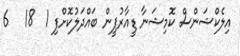
އިލެކްޝަންސް ކޮމިޝަނާ ޑީއާރުޕީން ބައްދަލުކޮށްފި 1  18   6